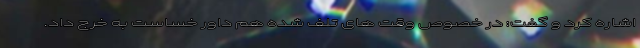
اشاره کرد و گفت: در خصوص وقت های تلف شده هم داور خساست به خرج داد.